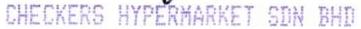
CHECKERS HYPERMARKET SDN BHD